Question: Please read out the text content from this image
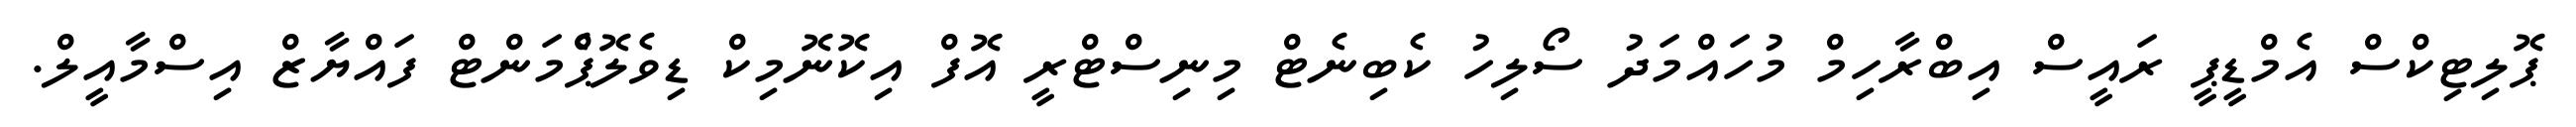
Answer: ޕޮލިޓިކްސް އެމްޑީޕީ ރައީސް އިބްރާހިމް މުހައްމަދު ސޯލިހު ކެބިނެޓް މިނިސްޓްރީ އޮފް އިކޮނޮމިކް ޑިވެލޮޕްެމަންޓް ފައްޔާޒް އިސްމާއީލް.